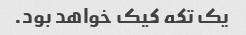
یک تکه کیک خواهد بود.